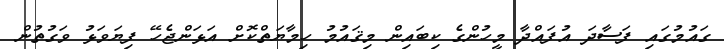
ގައުމުގައި ފަސާދަ އުފައްދާ މީހުންގެ ކިބައިން މިޤައުުމު ހިމާޔަތްކޮށް އަޅަންޖެހޭ ފިޔަވަޅު ވަގުތުން